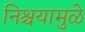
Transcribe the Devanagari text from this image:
निश्चयामुळे